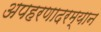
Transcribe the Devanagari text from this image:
अपहरणादरम्यान